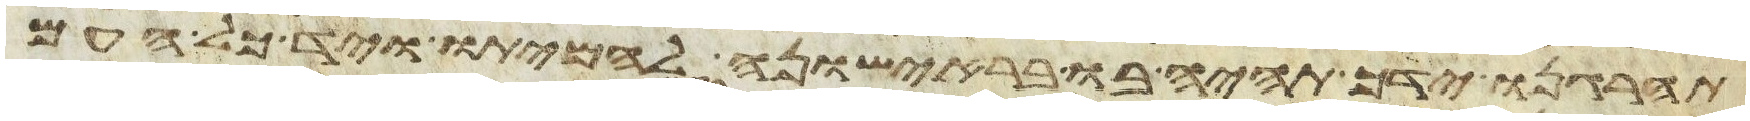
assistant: תהרגנו ידך תהיה בו בראישונה להמיתו ויד כל העם